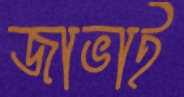
জাভাই